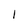
Character: 1